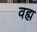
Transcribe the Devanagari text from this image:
वह्म